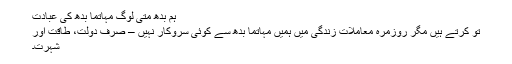
ہم بدھ متی لوگ مہاتما بدھ کی عبادت
تو کرتے ہیں مگر روزمرہ معاملات زندگی میں ہمیں مہاتما بدھ سے کوئی سروکار نہیں – صرف دولت، طاقت اور
شہرت۔